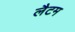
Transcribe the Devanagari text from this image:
लैटम